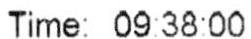
TIME: 09:38:00